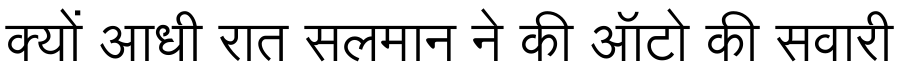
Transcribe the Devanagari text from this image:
क्यों आधी रात सलमान ने की ऑटो की सवारी